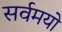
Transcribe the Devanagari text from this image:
सर्वमयो